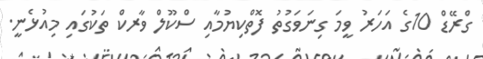
ގްރޭޑް 10ގެ އަހަރު ވީމަ ގިނަވަގުތު ފޮތްކިޔުމާއި ސްކޫލް ވާރކް ތަކުގައި މިއުޅެނީ.